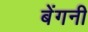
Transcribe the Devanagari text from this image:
बेंगनी